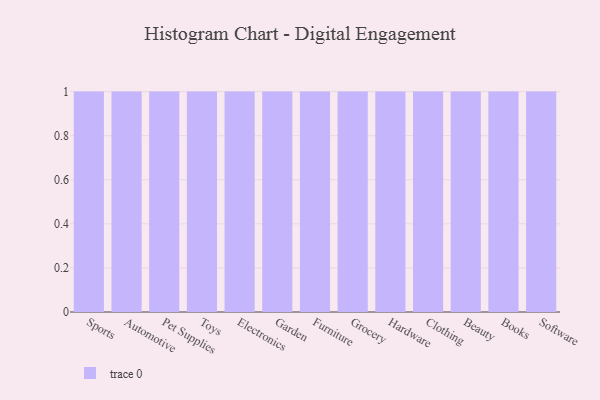
{"axis": {"x": "Category", "y": "Operating Costs (USD K)"}, "legend": [""], "data": [{"x": "Sports", "y": 5, "type": ""}, {"x": "Automotive", "y": 22, "type": ""}, {"x": "Pet Supplies", "y": 44, "type": ""}, {"x": "Toys", "y": 65, "type": ""}, {"x": "Electronics", "y": 58, "type": ""}, {"x": "Garden", "y": 28, "type": ""}, {"x": "Furniture", "y": 84, "type": ""}, {"x": "Grocery", "y": 58, "type": ""}, {"x": "Hardware", "y": 100, "type": ""}, {"x": "Clothing", "y": 71, "type": ""}, {"x": "Beauty", "y": 12, "type": ""}, {"x": "Books", "y": 79, "type": ""}, {"x": "Software", "y": 1, "type": ""}]}